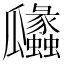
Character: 㼖